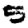
Digit: 5